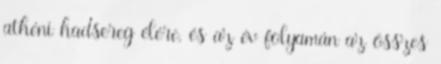
athéni hadsereg élére, és az év folyamán az összes